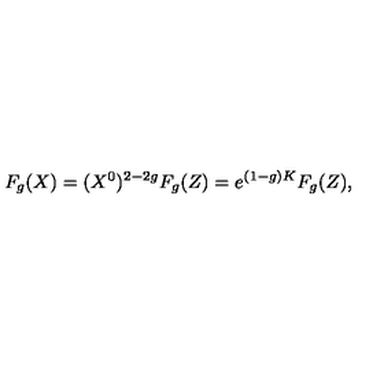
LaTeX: F _ { g } ( X ) = ( X ^ { 0 } ) ^ { 2 - 2 g } F _ { g } ( Z ) = e ^ { ( 1 - g ) K } F _ { g } ( Z ) ,